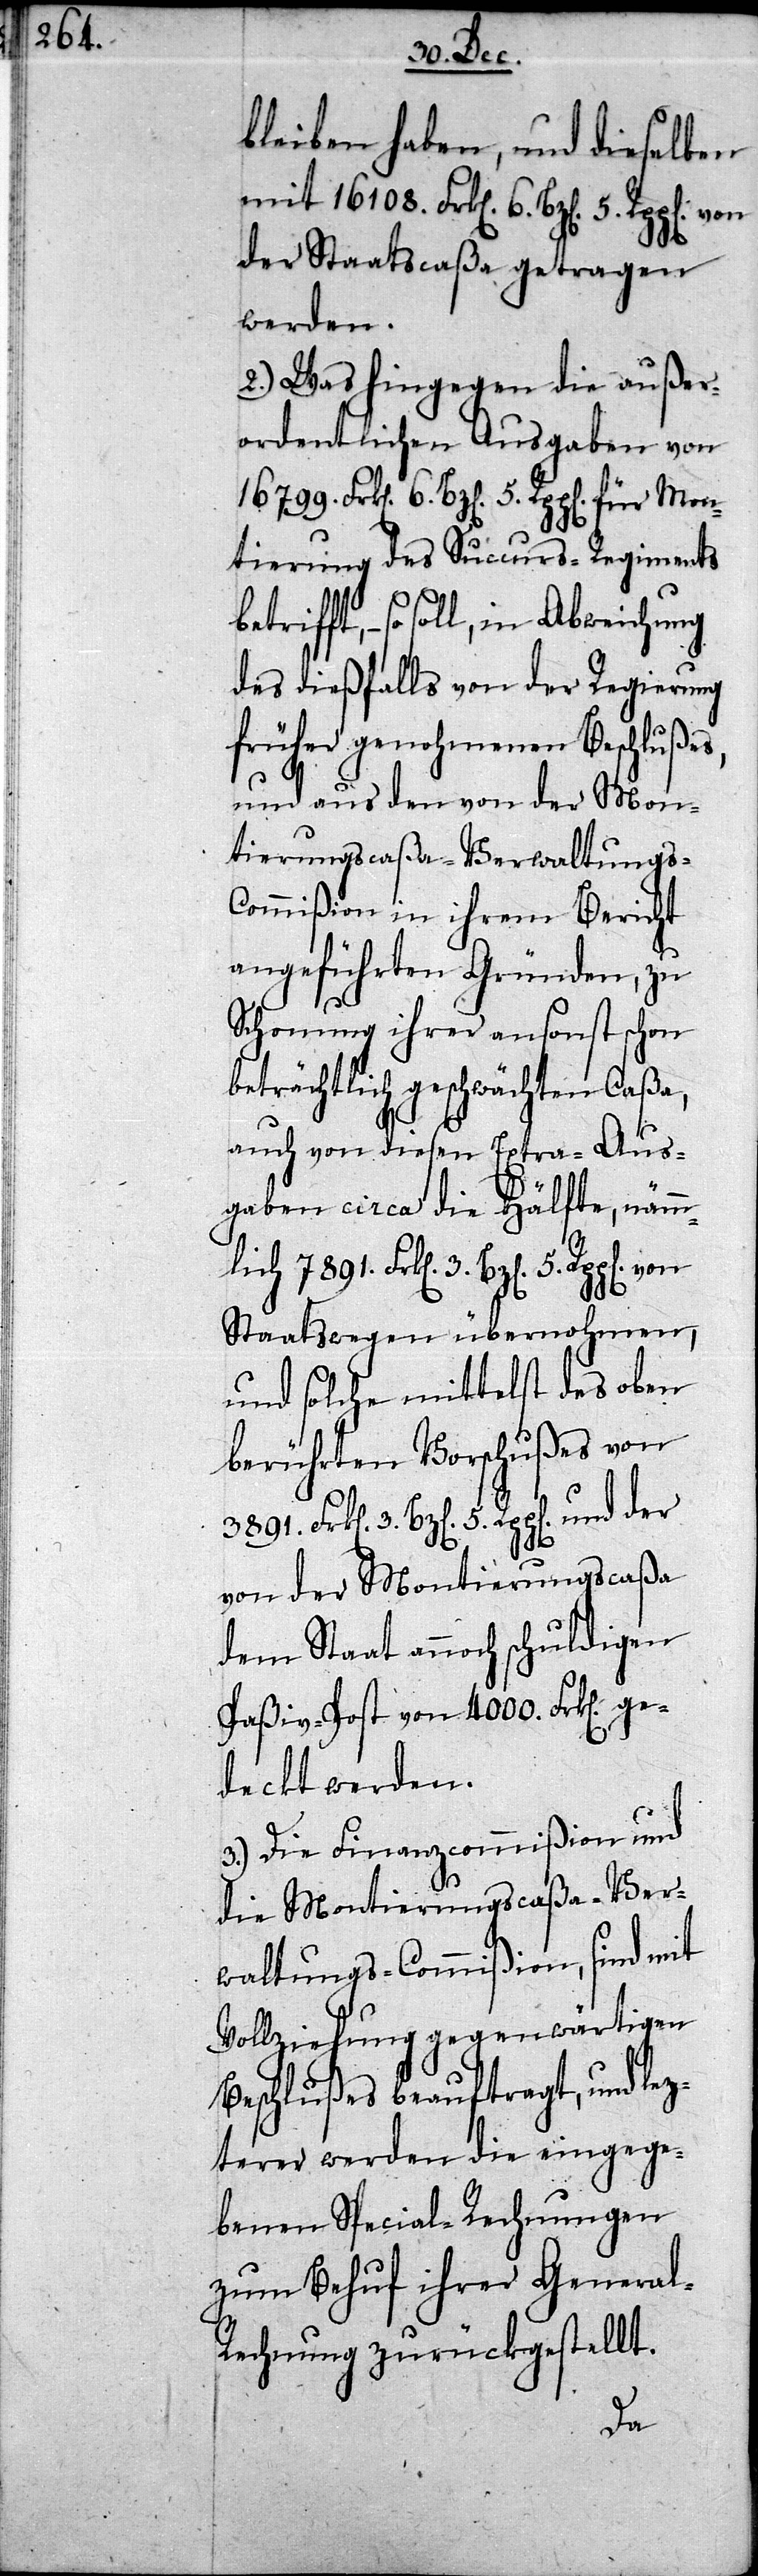
bleiben haben, und dieselben
mit 16108. Frken 6. Bzen 5. Rppen von
der Staatscaßa getragen
werden.
2.) Was hingegen die außer¬
ordentlichen Ausgaben von
16799. Frken 6. Bzen 5. Rppen für Mon¬
tierung des Succurs-Regiments
des dießfalls von der Regierung
früher genohmenen Beschlußes,
und aus den von der Mon¬
tierungscaßa-Verwaltungs-C¬
ommißion in ihrem Bericht
angeführten Gründen, zu
Schonung ihrer ansonst schon
beträchtlich geschwächten Caßa,
auch von diesen Extra-Aus¬
gaben circa die Hälfte, nämm¬
lich 7891. Frken 3. Bzen 5. Rppen
Staatswegen übernohmen,
und solche mittelst des oben
berührten Vorschußes von
3891. Frken 3. Bzen 5. Rppen und der
von der Montierungscaßa
dem Staat annoch schuldigen
Paßiv-Post von 4000. Frken ge¬
deckt werden.
3.) Die Finanzcommißion und
die Montierungscaßa-Ver¬
waltungs-Commißion, sind mit
Vollziehung gegenwärtigen
Beschlußes beauftragt, und lez¬
terer werden die eingege¬
benen Special-Rechnungen
zum Behuf ihrer General-R¬
echnung zurückgestellt.